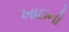
ખાઇનો